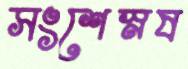
সংশেস্নষ